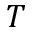
T